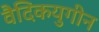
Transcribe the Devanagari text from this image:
वैदिकयुगीन